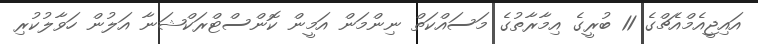
އައިޖީއެމްއެޗްގެ 11 ބުރީގެ އިމާރާތުގެ މަސައްކަތް ނިންމަން އަމީން ކޮންސްޓްރަކްޝަނާ އަލުން ހަވާލުކުރި